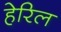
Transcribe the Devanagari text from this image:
हेरिल